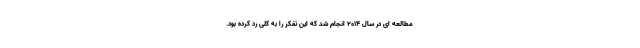
مطالعه ای در سال 2014 انجام شد که این تفکر را به کلی رد کرده بود.